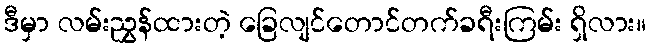
ဒီမှာ လမ်းညွှန်ထားတဲ့ ခြေလျင်တောင်တက်ခရီးကြမ်း ရှိလား။